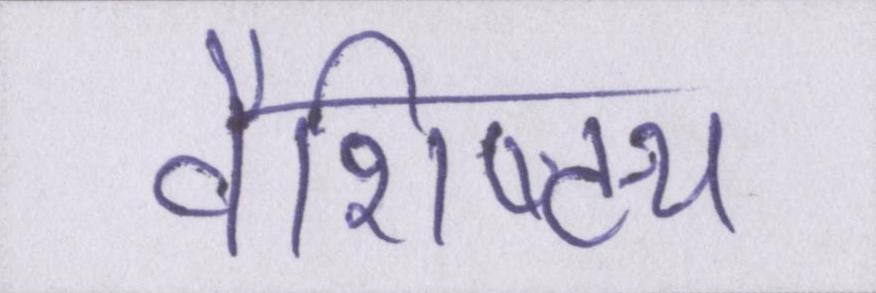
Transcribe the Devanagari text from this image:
वैशिष्ट्य